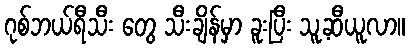
ဂုစ်ဘယ်ရီသီး တွေ သီးချိန်မှာ ခူးပြီး သူ့ဆီယူလာ။